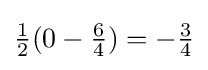
{\tfrac {1}{2}}(0-{\tfrac {6}{4}})=-{\tfrac {3}{4}}